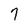
Character: 7